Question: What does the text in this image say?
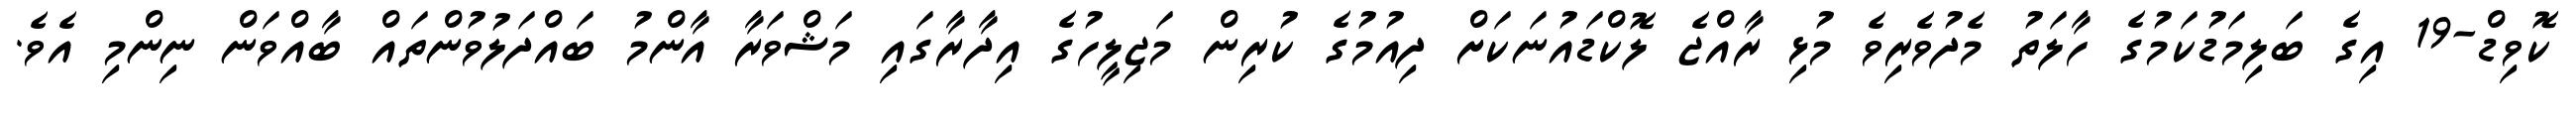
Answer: ކޮވިޑް-19 އިގެ ބަލިމަޑުކަމުގެ ހާލަތު މެދުވެރިވެ މުޅި ރާއްޖެ ލޮކްޑައުނަކަށް ދިއުމުގެ ކުރިން މަޖިލީހުގެ އިދާރާގައި މަޝްވަރާ އާންމު ބައްދަލުވުންތައް ބާއްވަން ނިންމި އެވެ.